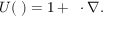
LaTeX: U ( \mathbf { \epsilon } ) = 1 + \mathbf { \epsilon } \cdot \nabla .